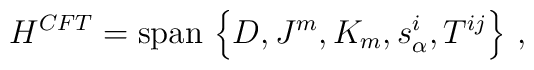
H^{CFT} = \mbox{span} \, \left \{ D, J^m, K_m, s_\alpha^{i}, T^{ij} \right \}\,,